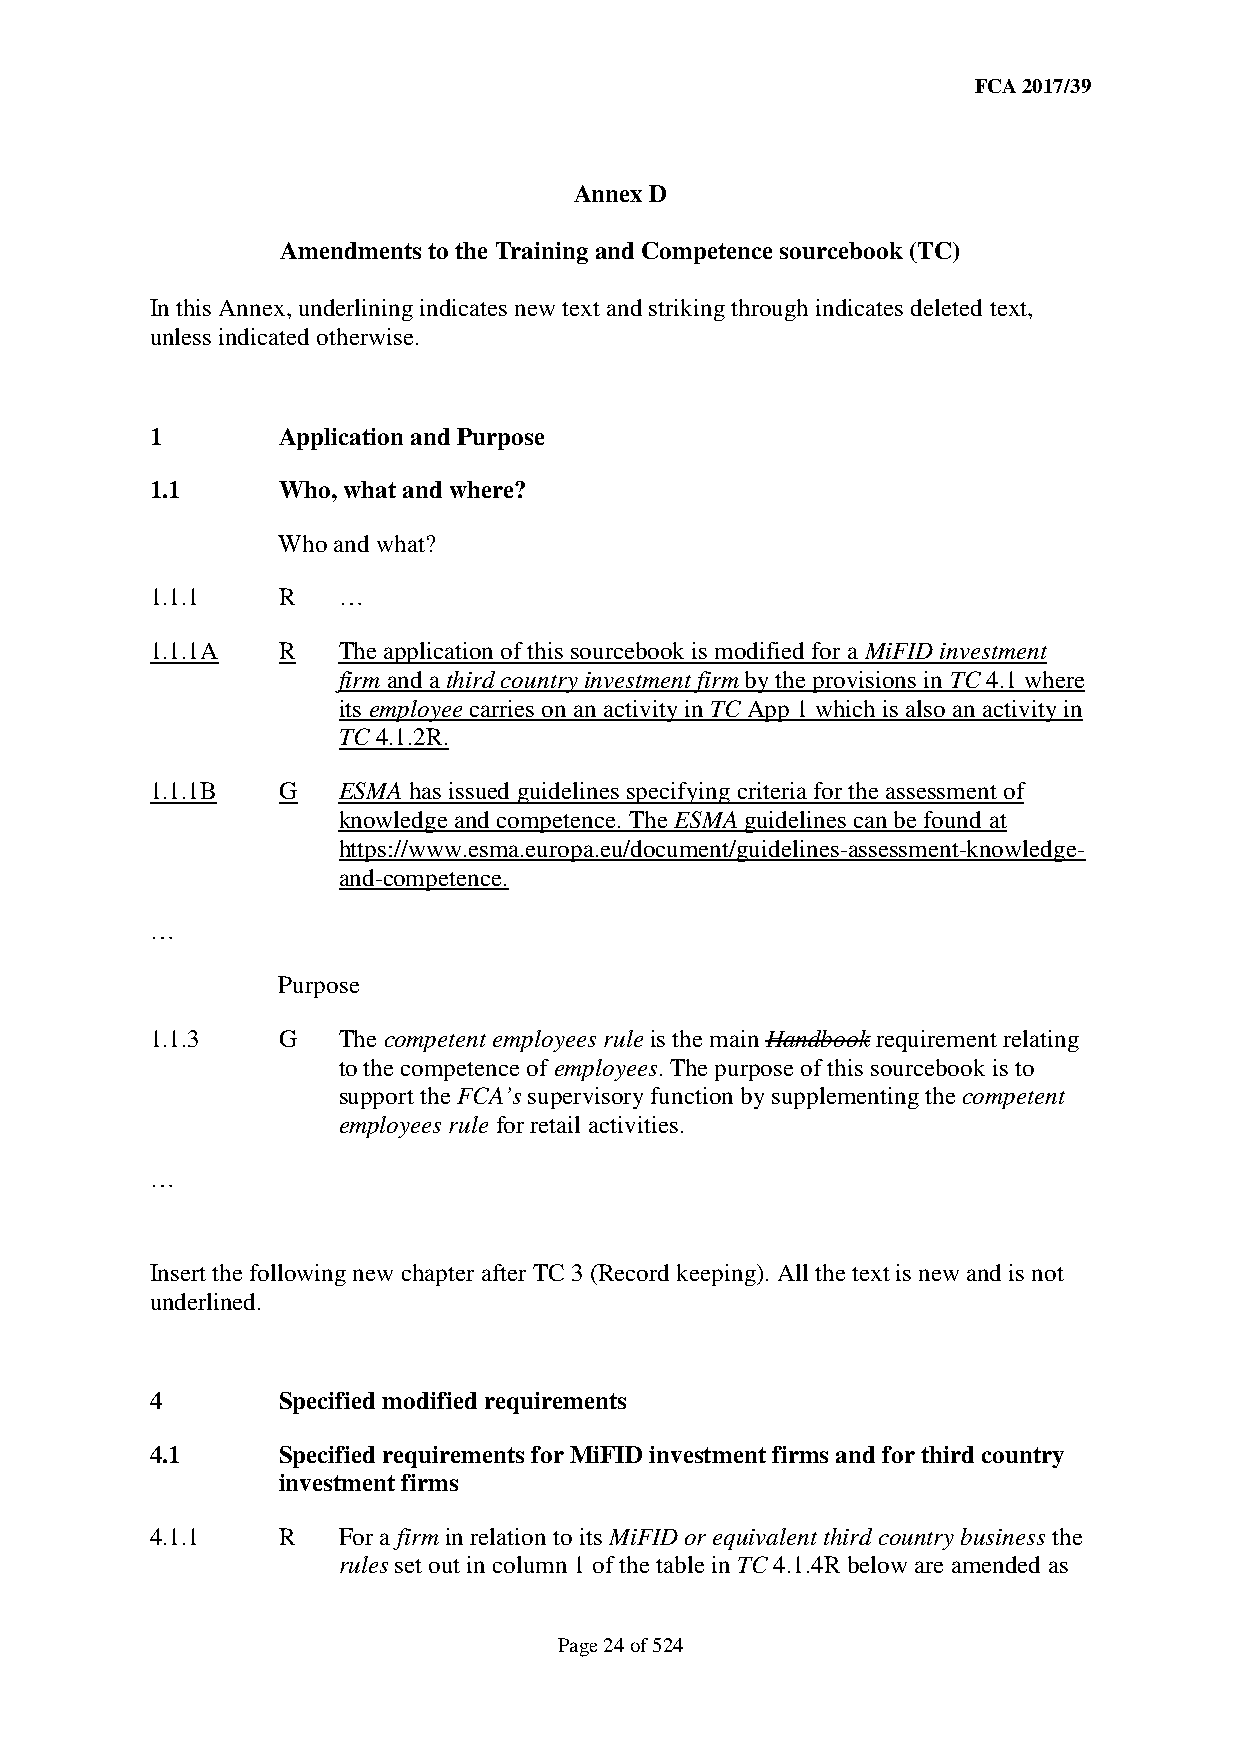
FCA 2017/39
 Annex D
 Amendments to the Training and Competence sourcebook (TC)
 In this Annex, underlining indicates new text and striking through indicates deleted text,
 unless indicated otherwise.
 1       Application and Purpose
 1.1     Who, what and where?
 Who and what?
 1.1.1   R   …
 1.1.1A  R   The application of this sourcebook is modified for a MiFID investment
 firm and a third country investment firm by the provisions in TC 4.1 where
 its employee carries on an activity in TC App 1 which is also an activity in
 TC 4.1.2R.
 1.1.1B  G   ESMA has issued guidelines specifying criteria for the assessment of
 knowledge and competence. The ESMA guidelines can be found at
 https://www.esma.europa.eu/document/guidelines-assessment-knowledge-
 and-competence.
 …
 Purpose
 1.1.3   G   The competent employees rule is the main Handbook requirement relating
 to the competence of employees. The purpose of this sourcebook is to
 support the FCA’s supervisory function by supplementing the competent
 employees rule for retail activities.
 …
 Insert the following new chapter after TC 3 (Record keeping). All the text is new and is not
 underlined.
 4       Specified modified requirements
 4.1     Specified requirements for MiFID investment firms and for third country
 investment firms
 4.1.1   R   For a firm in relation to its MiFID or equivalent third country business the
 rules set out in column 1 of the table in TC 4.1.4R below are amended as
 Page 24 of 524